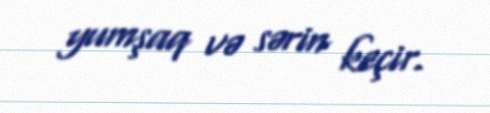
yumşaq və sərin keçir.